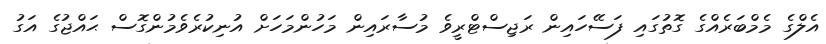
އެލްގެ މެމްބަރެއްގެ ގޮތުގައި ފަސޭހައިން ރަޖިސްޓްރީވެ މުސާރައިން މަހުންމަހަށް އުނިކުރެވެމުންގޮސް ޙައްޖުގެ އަގު